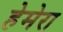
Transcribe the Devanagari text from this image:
हेमेरा